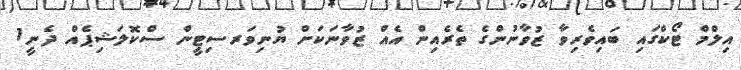
އިލްމް ޓޯކްގައި ބައިވެރިވާ ޒުވާނުންގެ ތެރެއިން އެއް ޒުވާނަކަށް ޔުނިވަރސިޓީން ސްކޮލަޝިޕެއް ދެނީ1